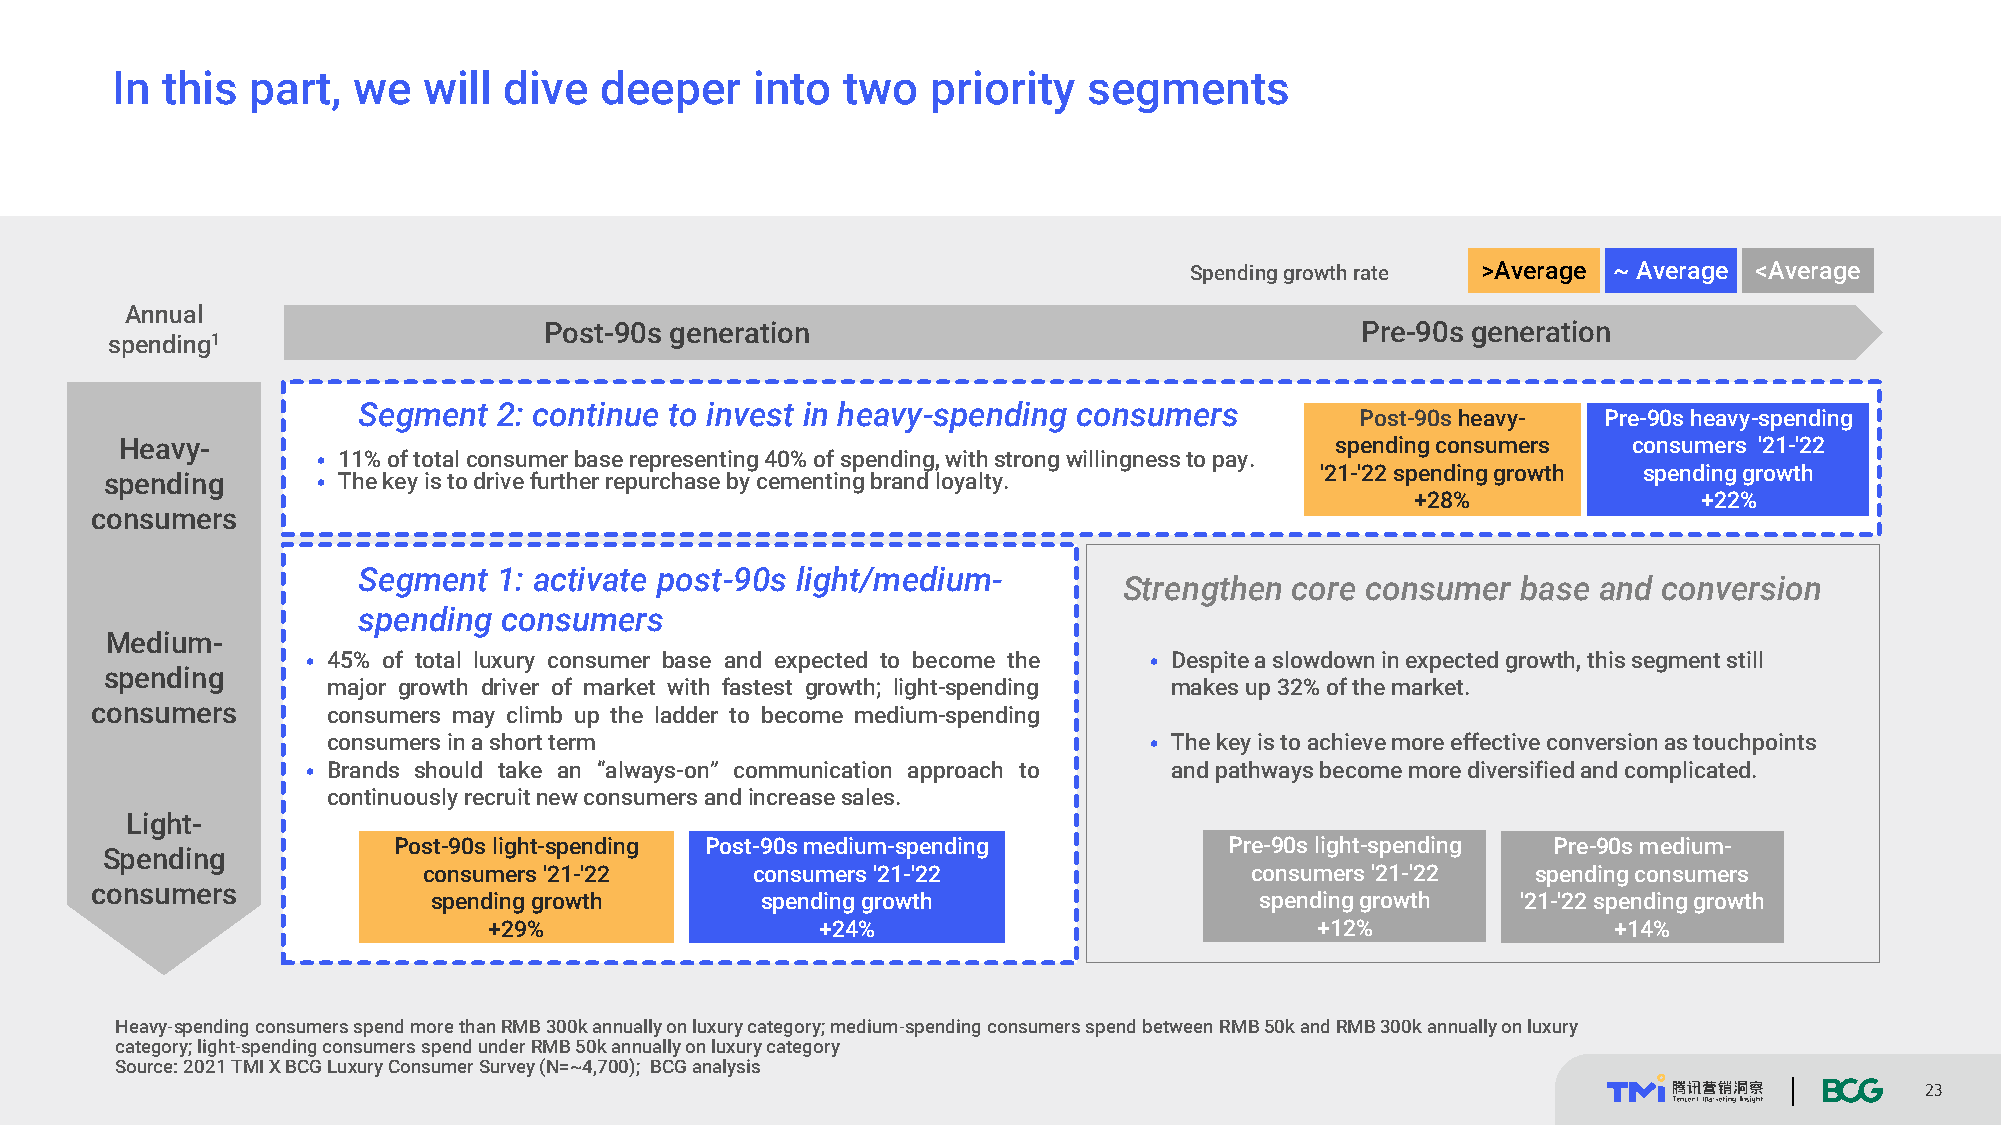
In  this  part, we   will dive   deeper    into  two   priority  segments
 Spending growth rate >Average ~ Average <Average
 Annual
 Post-90s generation                                   Pre-90s generation
 spending1
 Segment  2: continue to invest in heavy-spending consumers
 Post-90sheavy-  Pre-90s heavy-spending
 Heavy-                                                                          spending consumers  consumers '21-'22
 • 11%oftotalconsumerbaserepresenting40%ofspending,withstrongwillingnesstopay.
 '21-'22 spending growth spending growth
 spending      • Thekeyistodrivefurtherrepurchasebycementingbrandloyalty.
 +28%               +22%
 consumers
 Segment  1: activate post-90s light/medium-
 Strengthen  core consumer  base and conversion
 spending consumers
 Medium-
 • 45% of total luxury consumer base and expected to become the • Despite a slowdown in expected growth, this segment still
 spending
 major growth driver of market with fastest growth; light-spending makes up 32% of the market.
 consumers       consumers may climb up the ladder to become medium-spending
 consumersinashortterm                                 • The key is to achieve more effective conversion as touchpoints
 • Brands should take an “always-on” communication approach to and pathways become more diversified and complicated.
 continuouslyrecruitnewconsumersandincreasesales.
 Light-
 Post-90s light-spending Post-90s medium-spending       Pre-90s light-spending Pre-90s medium-
 Spending
 consumers '21-'22     consumers '21-'22                consumers '21-'22  spending consumers
 consumers
 spending growth      spending growth                  spending growth   '21-'22 spending growth
 +29%                  +24%                             +12%                +14%
 Heavy-spending consumers spend more than RMB300k annually on luxury category; medium-spending consumers spend between RMB50k and RMB300k annually on luxury
 category; light-spending consumers spend under RMB50k annually on luxury category
 Source: 2021 TMIX BCG Luxury Consumer Survey (N=~4,700); BCG analysis
 23